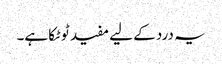
یہ درد کے لیے مفید ٹوٹکا ہے۔